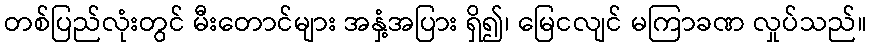
တစ်ပြည်လုံးတွင် မီးတောင်များ အနှံ့အပြား ရှိ၍၊ မြေငလျင် မကြာခဏ လှုပ်သည်။